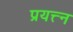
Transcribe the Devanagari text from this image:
प्रयत्त्‍न